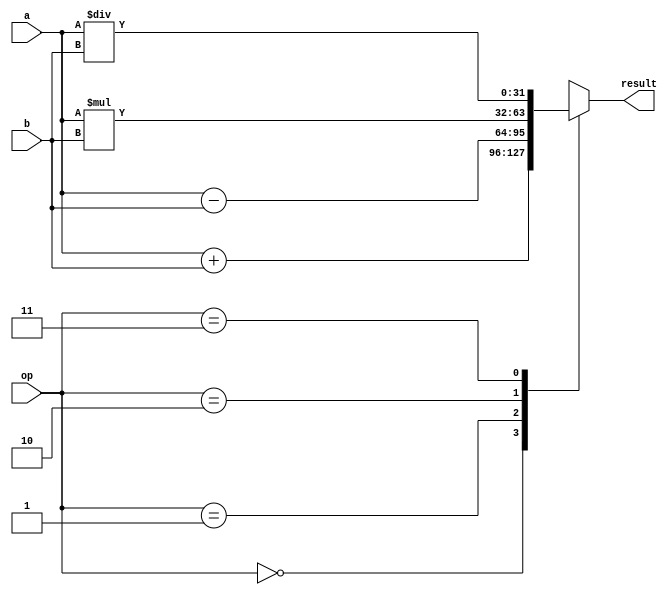
module floating_point_unit(
  input [31:0] a,
  input [31:0] b,
  input [1:0] op, // 00: addition, 01: subtraction, 10: multiplication, 11: division
  output reg [31:0] result
);

always @(*) begin
  case(op)
    2'b00: result = a + b; // addition
    2'b01: result = a - b; // subtraction
    2'b10: result = a * b; // multiplication
    2'b11: result = a / b; // division
  endcase
end

endmodule